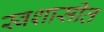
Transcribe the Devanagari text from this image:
स्वशासीत